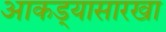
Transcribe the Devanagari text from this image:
आकड्यासारखा